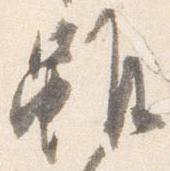
雖